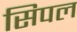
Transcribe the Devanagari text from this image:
सिपल